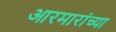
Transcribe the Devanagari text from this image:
आरमारांच्या